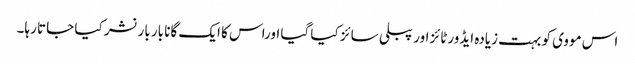
اس مووی کو بہت زیادہ ایڈورٹائز اور پبلی سائز کیا گیا اوراس کا ایک گانا بار بار نشر کیا جاتا رہا۔